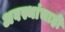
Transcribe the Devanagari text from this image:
अवस्थांचाही